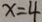
x = 4